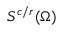
S ^ { c / r } ( \Omega )